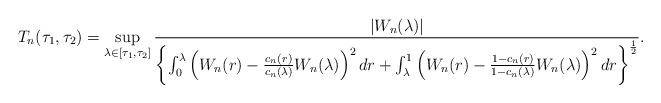
LaTeX: \begin{align*}T_n(\tau_1, \tau_2)=\sup\limits_{\lambda\in \left[\tau_1, \tau_2\right]}\frac{\left|W_n(\lambda)\right|}{\left\{\int_0^{\lambda}\left(W_n(r)-\frac{c_n(r)}{c_n(\lambda)}W_n(\lambda)\right)^2dr+\int_{\lambda}^1\left(W_n(r)-\frac{1-c_n(r)}{1-c_n(\lambda)} W_n(\lambda)\right)^2dr\right\}^{\frac{1}{2}}}.\end{align*}